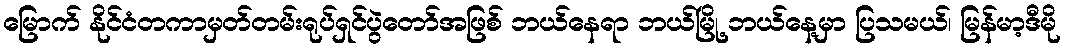
မြောက် နိုင်ငံတကာမှတ်တမ်းရုပ်ရှင်ပွဲတော်အဖြစ် ဘယ်နေရာ ဘယ်မြို့ ဘယ်နေ့မှာ ပြသမယ်၊ မြန်မာ့ဒီမို